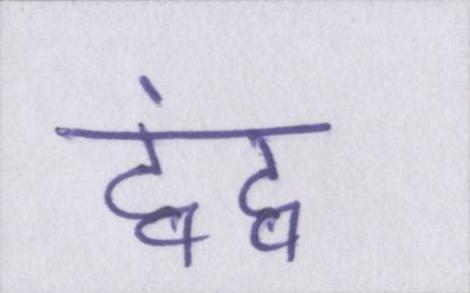
द्वंद्व